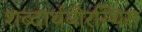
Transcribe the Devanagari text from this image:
शब्दार्थयोरस्थिरा